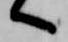
へ